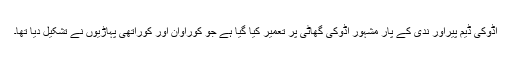
اڈوکی ڈیم پیراور ندی کے پار مشہور اڈوکی گھاٹی پر تعمیر کیا گیا ہے جو کوراوان اور کوراتھی پہاڑیوں نے تشکیل دیا تھا۔